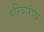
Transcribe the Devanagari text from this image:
परिवारीय